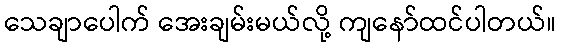
သေချာပေါက် အေးချမ်းမယ်လို့ ကျနော်ထင်ပါတယ်။